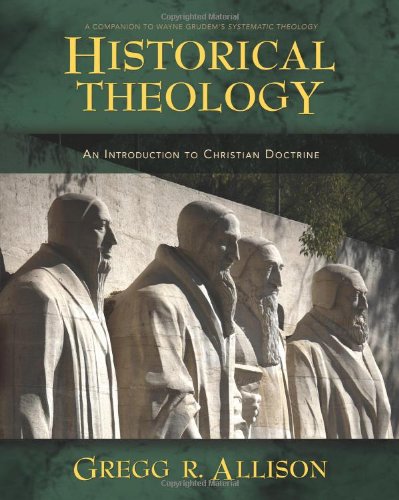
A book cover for Historical Theology: An Introduction to Christian Doctrine; Gregg Allison; Christian Books & Bibles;